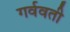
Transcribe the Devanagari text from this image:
गर्ववती